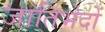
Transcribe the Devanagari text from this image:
जातिभेदों